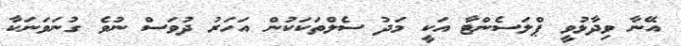
އޭނާ ވިދާޅުވީ ޕްލަސެންޓާ އަކީ މަދު ސެލްތަކަކުން އަހަރު ދުވަސް ނުވެ ގުނަވަނަކާ